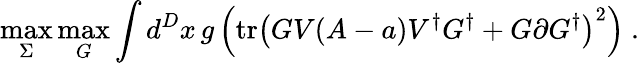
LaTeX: \operatorname*{max}_{\Sigma}\operatorname*{max}_{G}\int d^{D}x\, g\left(\mathrm{tr}\left(GV(A-a)V^{\dagger}G^{\dagger}+G\partial G^{\dagger}\right)^{2}\right)\ .